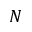
N